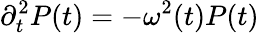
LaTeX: \partial_{t}^{2}P(t)=-\omega^{2}(t)P(t)